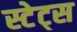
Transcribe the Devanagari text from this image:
स्टेट्‍स